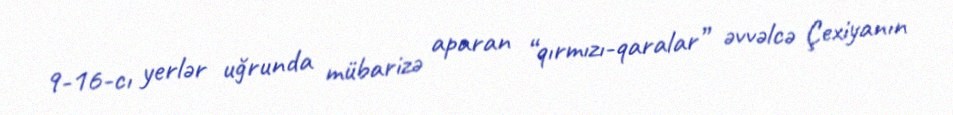
9-16-cı yerlər uğrunda mübarizə aparan “qırmızı-qaralar” əvvəlcə Çexiyanın